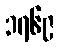
၁၇၆၉